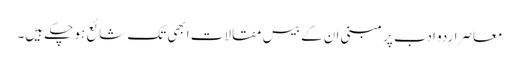
معاصراردو ادب پر مبنی ان کے بیس مقالات ابھی تک شائع ہو چکے ہیں۔